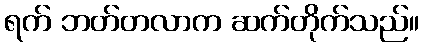
ရက် ဘတ်တလာက ဆက်တိုက်သည်။